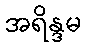
အရိန္ဒမ